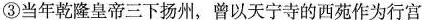
③当年乾隆皇帝三下扬州，曾以天宁寺的西苑作为行宫